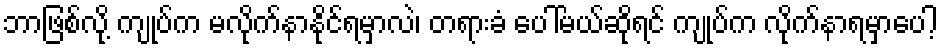
ဘာဖြစ်လို့ ကျုပ်က မလိုက်နာနိုင်ရမှာလဲ၊ တရားခံ ပေါ်မယ်ဆိုရင် ကျုပ်က လိုက်နာရမှာပေါ့